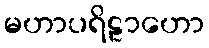
မဟာပရိဠာဟော